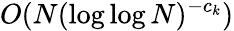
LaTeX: O(N(\log\log N)^{-c_{k}})